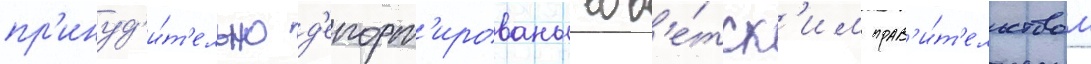
пр'инуд'и́т'ельно д'епорт'ированы сов'е́тск'им прав'и́т'ельством